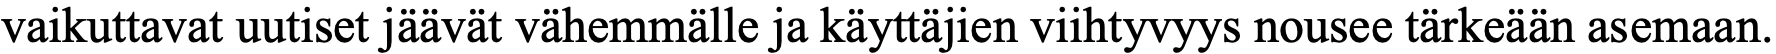
vaikuttavat uutiset jäävät vähemmälle ja käyttäjien viihtyvyys nousee tärkeään asemaan.